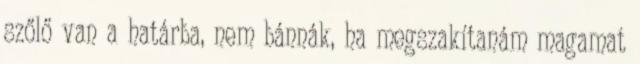
szőlő van a határba, nem bánnák, ha megszakítanám magamat